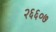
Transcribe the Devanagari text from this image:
२६६०७